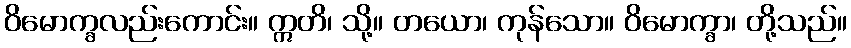
ဝိမောက္ခလည်းကောင်း။ ဣတိ၊ သို့။ တယော၊ ကုန်သော။ ဝိမောက္ခာ၊ တို့သည်။